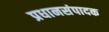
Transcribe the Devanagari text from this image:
प्रधानसंपादक